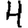
Digit: 4